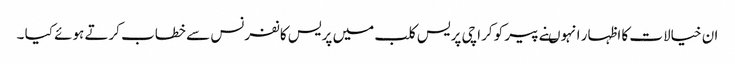
ان خیالات کا اظہار انہوںنے پیر کو کراچی پریس کلب میں پریس کانفرنس سے خطاب کرتے ہوئے کیا ۔